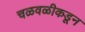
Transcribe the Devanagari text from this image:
चळवळीकडून